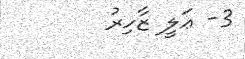
3- ޢަލީ ޒާހިރު